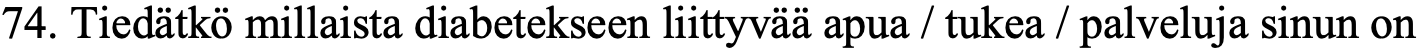
74. Tiedätkö millaista diabetekseen liittyvää apua / tukea / palveluja sinun on